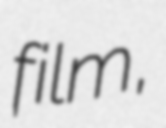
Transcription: film,